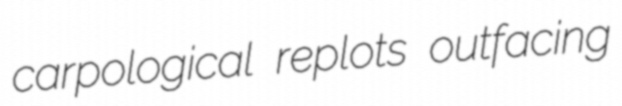
carpological replots outfacing